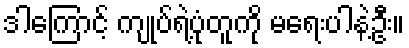
ဒါကြောင့် ကျုပ်ရဲ့ပုံတူကို မရေးပါနဲ့ဦး။